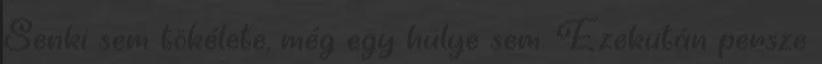
Senki sem tökélete, még egy hülye sem. Ezekután persze